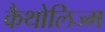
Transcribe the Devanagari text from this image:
कैथोलिज्म